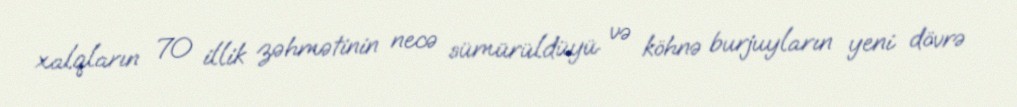
xalqların 70 illik zəhmətinin necə sümürüldüyü və köhnə burjuyların yeni dövrə